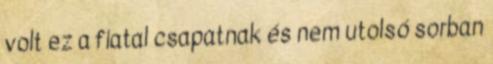
volt ez a fiatal csapatnak és nem utolsó sorban